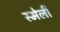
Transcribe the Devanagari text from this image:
स्मेली